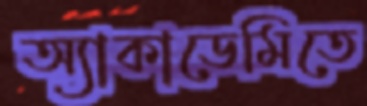
অ্যাকাডেমিতে